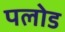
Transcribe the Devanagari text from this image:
पलोड